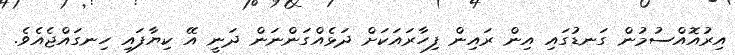
އިރުއޮއްސުމުން ގަނޑުގައި އިން ރައިން ފިހާރައަކަށް ދަޅެއްގަންނަން ދަނީ އޭ ކިޔާފައި ހިނގައްޖެއެވެ.